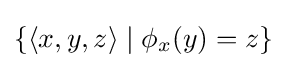
\{\left\langle x,y,z\right\rangle \mid \phi _{x}(y)=z\}